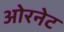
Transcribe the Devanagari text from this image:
ओरनेट